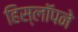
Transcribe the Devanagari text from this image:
हिस्लॉपने